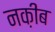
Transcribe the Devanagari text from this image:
नक़ीब